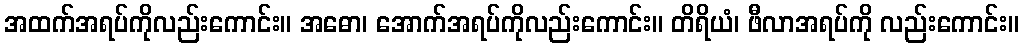
အထက်အရပ်ကိုလည်းကောင်း။ အဓော၊ အောက်အရပ်ကိုလည်းကောင်း။ တိရိယံ၊ ဖီလာအရပ်ကို လည်းကောင်း။